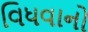
વિધવાનો